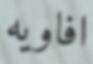
افاويه